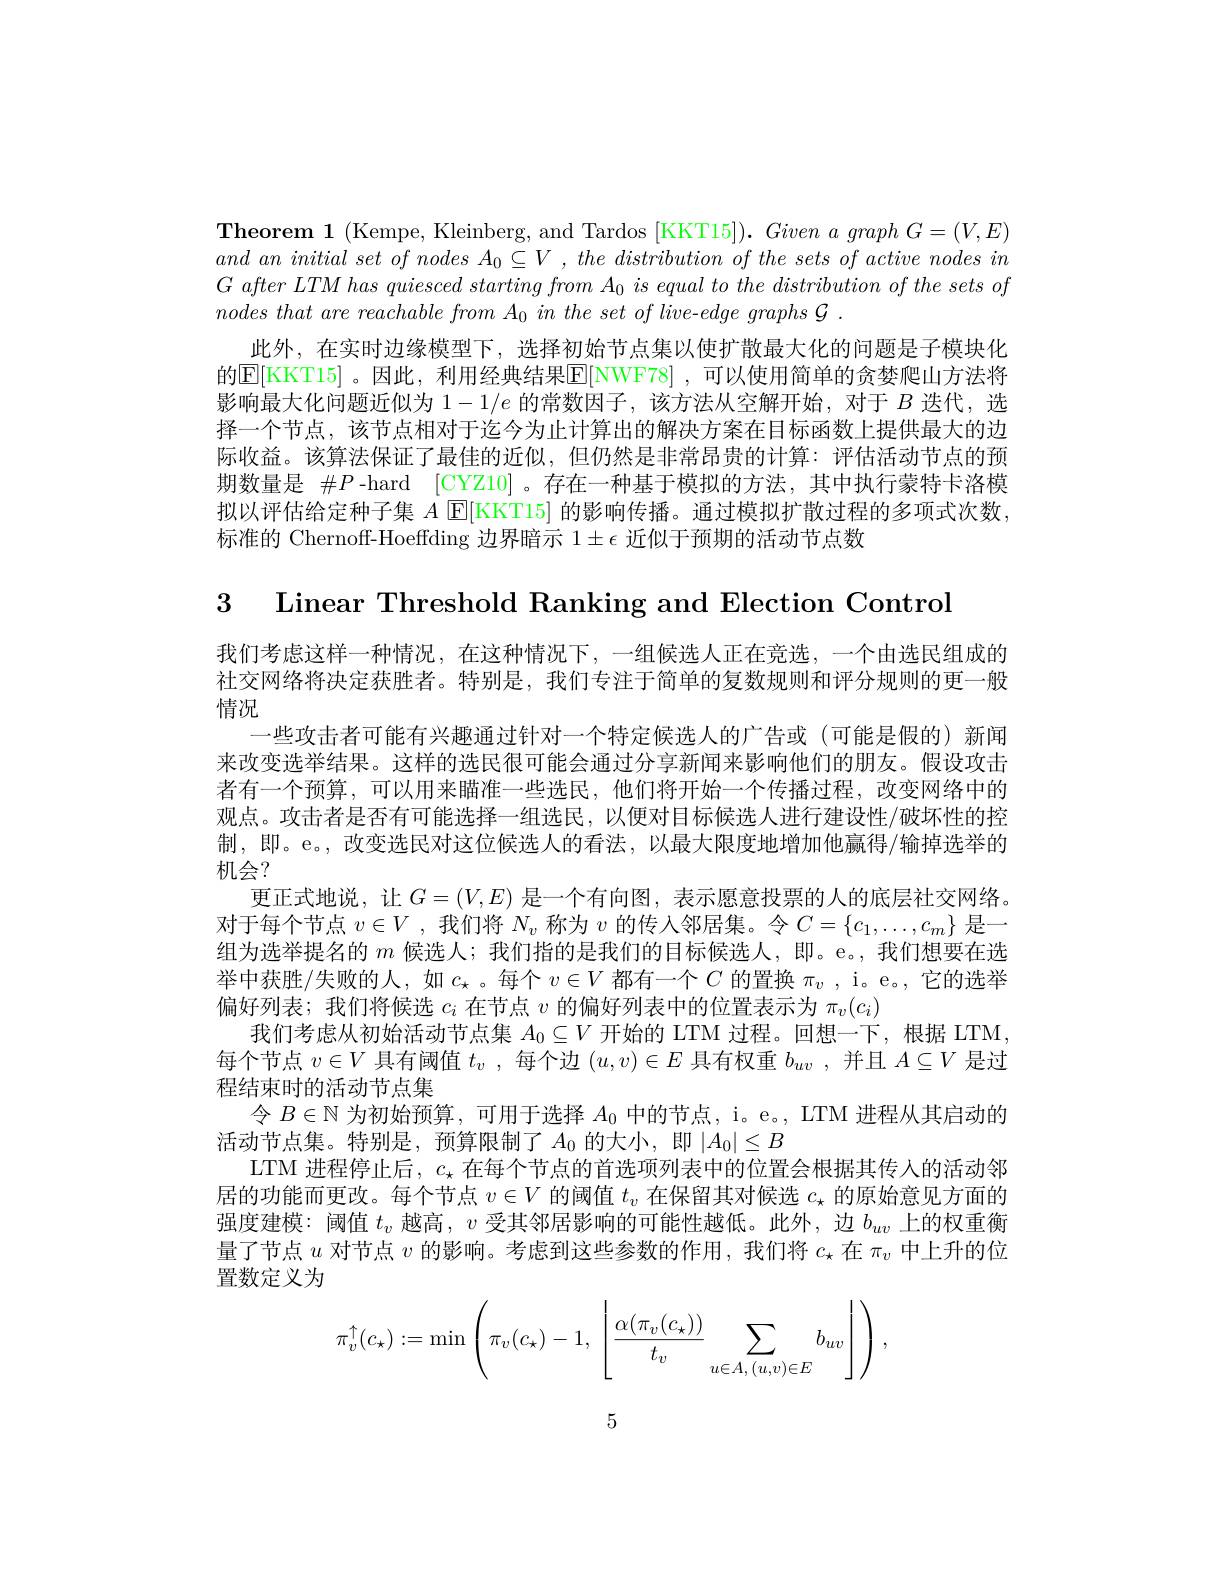
Theorem 1 (Kempe, Kleinberg, and Tardos [KKT15]). Given a graph G=(V,E) and $an$ initial set $of$ nodes $A_0\subseteq V$ , the distribution $of$ the sets $of$ active nodes $in$ $G\textit{ after LTM has quiesced starting from A}_{0}\textit{ is equal to the distribution of the sets of}$ $nodes\textit{that are reachable from A}_0\textit{in the set of live- edge graphs G}$ .
此外，在实时边缘模型下，选择初始节点集以使扩散最大化的问题是子模块化的[KKT15]。因此，利用经典结果E[NWF78],可以使用简单的贪婪爬山方法将影响最大化问题近似为$1-1/e$的常数因子，该方法从空解开始，对于$B$迭代，选择一个节点，该节点相对于迄今为止计算出的解决方案在目标函数上提供最大的边际收益。该算法保证了最佳的近似，但仍然是非常昂贵的计算：评估活动节点的预期数量是$\#P$ -hard [CYZ10]。存在一种基于模拟的方法，其中执行蒙特卡洛模拟以评估给定种子集 $A$ 回[KKT15] 的影响传播。通过模拟扩散过程的多项式次数， 标准的 Chernoff-Hoeffding 边界暗示$1\pm\epsilon$近似于预期的活动节点数

3 Linear Threshold Ranking and Election Control

我们考虑这样一种情况，在这种情况下，一组候选人正在竞选，一个由选民组成的社交网络将决定获胜者。特别是，我们专注于简单的复数规则和评分规则的更一般情况
一些攻击者可能有兴趣通过针对一个特定候选人的广告或 (可能是假的)新闻来改变选举结果。这样的选民很可能会通过分享新闻来影响他们的朋友。假设攻击者有一个预算，可以用来瞄准一些选民，他们将开始一个传播过程，改变网络中的观点。攻击者是否有可能选择一组选民，以便对目标候选人进行建设性/破坏性的控制，即。e。,改变选民对这位候选人的看法，以最大限度地增加他赢得/输掉选举的机会？
更正式地说，让$G=(V,E)$是一个有向图，表示愿意投票的人的底层社交网络。对于每个节点$v\in V$ ,我们将$N_v$称为$v$的传人邻居集。令$C=\{c_1,\ldots,c_m\}$是一组为选举提名的$m$候选人；我们指的是我们的目标候选人，即。e。,我们想要在选举中获胜/失败的人，如$c_\star$。每个$v\in V$都有一个$C$的置换$\pi_v$ ,i。e。,它的选举偏好列表；我们将候选$c_i$在节点$v$的偏好列表中的位置表示为$\pi_v(c_i)$
我们考虑从初始活动节点集$A_0\subseteq V$开始的 LTM 过程。回想一下，根据 LTM 每个节点$v\in V$具有阈值$t_v$ ,每个边$(u,v)\in E$具有权重$b_uv$ ,并且$A\subseteq V$是过程结束时的活动节点集
令$B\in\mathbb{N}$为初始预算，可用于选择$A_0$中的节点，i。e。, LTM 进程从其启动的
活动节点集。特别是，预算限制了$A_0$ 的大小，即 $|A_0|\leq B$
LTM 进程停止后，$c_\star$在每个节点的首选项列表中的位置会根据其传人的活动邻居的功能而更改。每个节点$v\in V$的阈值$t_v$在保留其对候选$c_\star$的原始意见方面的强度建模：阈值$t_v$越高，$v$受其邻居影响的可能性越低。此外，边$b_{uv}$上的权重衡量了节点$u$对节点$v$的影响。考虑到这些参数的作用，我们将$c_\star$在$\pi_v$中上升的位置数定义为
$$\pi_v^\uparrow(c_\star):=\min\left(\pi_v(c_\star)-1,\:\left\lfloor\frac{\alpha(\pi_v(c_\star))}{t_v}\sum_{u\in A,\:(u,v)\in E}b_{uv}\right\rfloor\right),$$
5